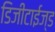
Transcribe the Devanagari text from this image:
डिजीटाईज्‍ड